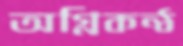
অগ্নিকন্ঠ